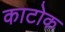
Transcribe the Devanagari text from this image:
काटोक